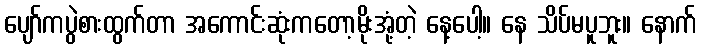
ပျော်ကပွဲစားထွက်တာ အကောင်းဆုံးကတော့မိုးအုံ့တဲ့ နေ့ပေါ့။ နေ သိပ်မပူဘူး။ နောက်